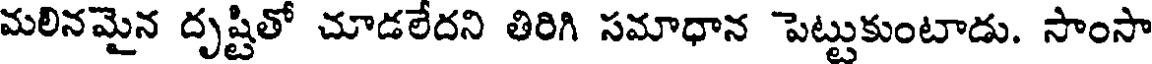
మలినమైన దృష్టితో చూడలేదని తిరిగి సమాధాన పెట్టుకుంటాడు. సాంసా